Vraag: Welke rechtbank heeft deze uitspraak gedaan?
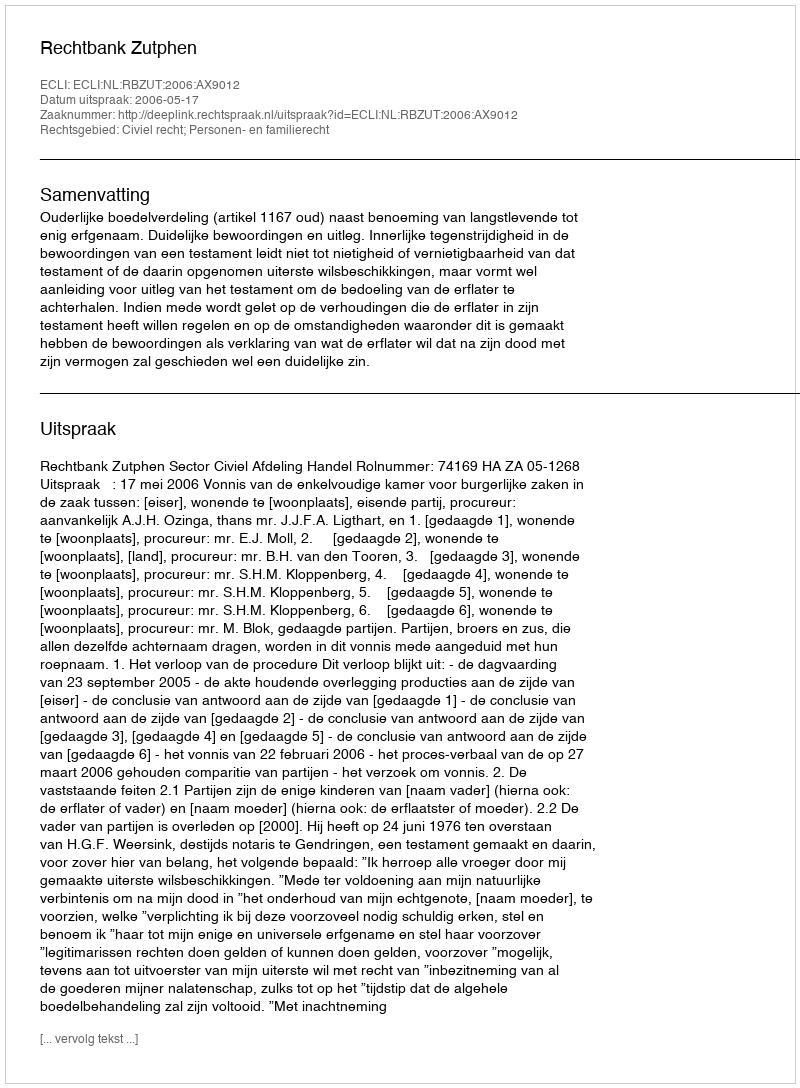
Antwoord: Rechtbank Zutphen